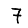
Digit: 7